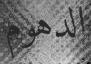
الدهوم